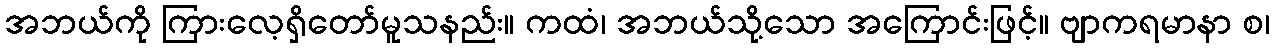
အဘယ်ကို ကြားလေ့ရှိတော်မူသနည်း။ ကထံ၊ အဘယ်သို့သော အကြောင်းဖြင့်။ ဗျာကရမာနာ စ၊